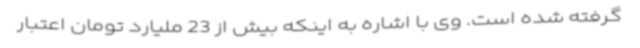
گرفته شده است. وی با اشاره به اینکه بیش از 23 ملیارد تومان اعتبار